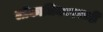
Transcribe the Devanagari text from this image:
लोकाधिकारवादी